Vital statistics of India. Vol. V, Reports of 1876 on armies & jails and on epidemic cholera
Year: 1876
Disease focus: Cholera
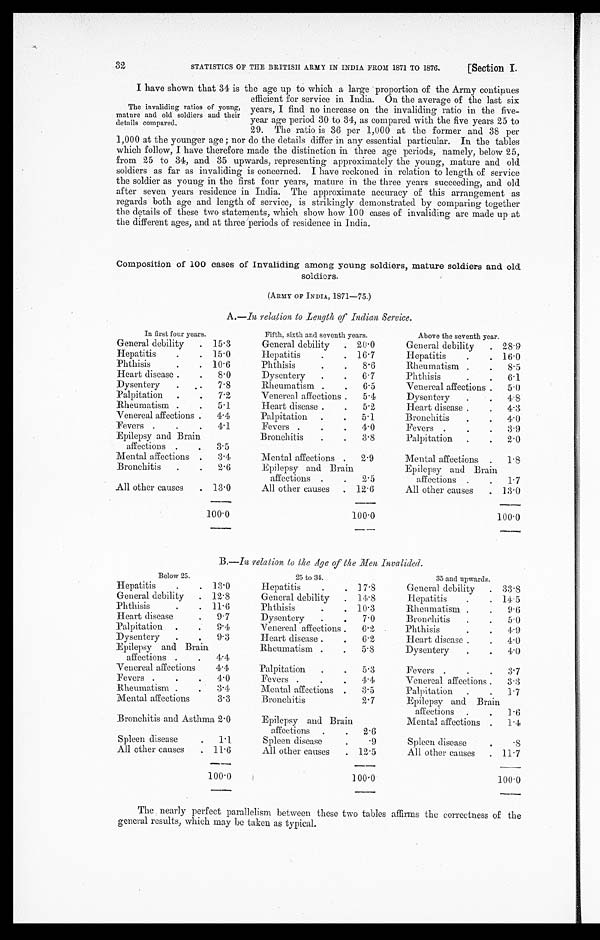
32
STATISTICS OF THE BRITISH ARMY IN INDIA FROM 1871 TO 1876.
[Section I.
The invaliding ratios of young,
mature and old soldiers and their
details compared.
I have shown that 34 is the age up to which a large proportion of the Army continues
efficient for service in India. On the average of the last six
years, I find no increase on the invaliding ratio in the five-
year age period 30 to 34, as compared with the five years 25 to
29. The ratio is 36 per 1,000 at the former and 38 per
1,000 at the younger age; nor do the details differ in any essential particular. In the tables
which follow, I have therefore made the distinction in three age periods, namely, below 25,
from 25 to 34, and 35 upwards, representing approximately the young, mature and old
soldiers as far as invaliding is concerned. I have reckoned in relation to length of service
the soldier as young in the first four years, mature in the three years succeeding, and old
after seven years residence in India. The approximate accuracy of this arrangement as
regards both age and length of service, is strikingly demonstrated by comparing together
the details of these two statements, which show how 100 cases of invaliding are made up at
the different ages, and at three periods of residence in India.
Composition of 100 cases of Invaliding among young soldiers, mature soldiers and old
soldiers.
(ARMY OF INDIA, 1871—75.)
A .—In relation to Length of Indian Service.
In first four years.
Fifth, sixth and seventh years.
Above the seventh year.
General debility
15.3
General debility
20.0
General debility
28.9
Hepatitis. 15.0
Hepatitis
16.7
Hepatitis
16.0
Phthisis
10.6
Phthisis
8 . 6
Rheumatism
8 . 5
Heart disease
8.0
Dysentery
6.7
Phthisis
6.1
Dysentery
7 . 8
Rheumatism
6 . 5
Venereal affections
5.0
Palpitation
7 . 2
Venereal affections
5 . 4
Dysentery
4.8
Rheumatism
5 . 1
Heart disease
5 . 2
Heart disease
4.3
Venereal affections
4 . 4
Palpitation
5 . 1
Bronchitis
4 . 0
Fevers
4 . 1
Fevers
4 . 0
Fevers
3 . 9
Epilepsy and Brain.
Bronchitis
3.8
Palpitation
2.0
affections
3.5
Mental affections
3 . 4
Mental affections
2 . 9
Mental affections
1.8
Bronchitis
2.6
Epilepsy and Brain
affections
2 . 5
Epilepsy and Brain
affections
1.7
All other causes
13 . 0
All other causes
12 . 6
All other causes
13.0
100 . 0
100.0
100.0
B.— In relation to the Age of the Men Invalided.
Below 25.
25 to 34.
35 and upwards.
Hepatitis
13 . 0
Hepatitis
17.8
General debility
33.8
General debility
12.8
General debility
14 . 8
Hepatitis
14.5
Phthisis
1
11.6
Phthisis
10.3
Rheumatism
9.6
Heart disease
9 . 7
Dysentery
7.0
Bronchitis
5.0
Palpitation
9.4
Venereal affections
6.2
Phthisis
4 . 9
Dysentery
9 . 3
Heart disease
6.2
Heart disease
4.0
Epilepsy and Brain
Rumatism
.
5.8
Dysentery. 4.0
affections
4.4
Venereal affections
4 . 4
Palpitation
5.3
Fevers. 3.7
Fevers
4.0
Fevers
4.4
Venereal affections
3.3
Rheumatism
3.4
Mental affections
3.5
Palpitation
1.7
Mental affections
3.3
Bronchitis
2.7
Epilepsy and Brain
affections
1.6
Bronchitis and Asthma 2.0
Epilepsy and Brain
affections
2.6
Mental affections
1.4
Spleen disease 1.1
Spleen disease
. 9
Spleen disease
. 8
All other causes 11.6
All other causes
12.5
All other causes
11.7
1 0 0 . 0
100.0
100.0
The nearly perfect parallelism between these two tables affirms the correctness of the
general results, which may be taken as typical.